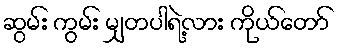
ဆွမ်း ကွမ်း မျှတပါရဲ့လား ကိုယ်တော်